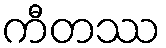
ကီတဿ